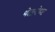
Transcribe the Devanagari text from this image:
श्वेतांयेश्वर